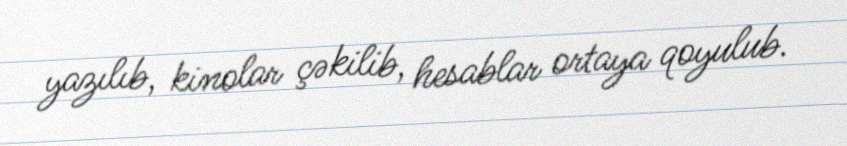
yazılıb, kinolar çəkilib, hesablar ortaya qoyulub.